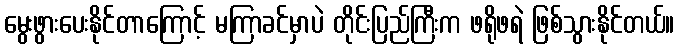
မွေးဖွားပေးနိုင်တာကြောင့် မကြာခင်မှာပဲ တိုင်းပြည်ကြီးက ဖရိုဖရဲ ဖြစ်သွားနိုင်တယ်။